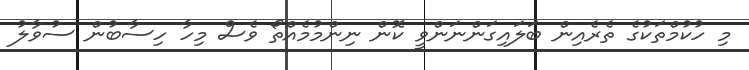
މި ހުކުމްތަކުގެ ތެރެއިން ބަލައިގަންނަންވީ ކޮން ނިންމުމެއްތޯ ވެސް މިހާ ހިސާބުން ސުވާލު